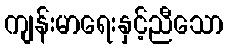
ကျန်းမာရေးနှင့်ညီသော